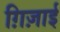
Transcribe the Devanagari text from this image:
ग़िज़ाई